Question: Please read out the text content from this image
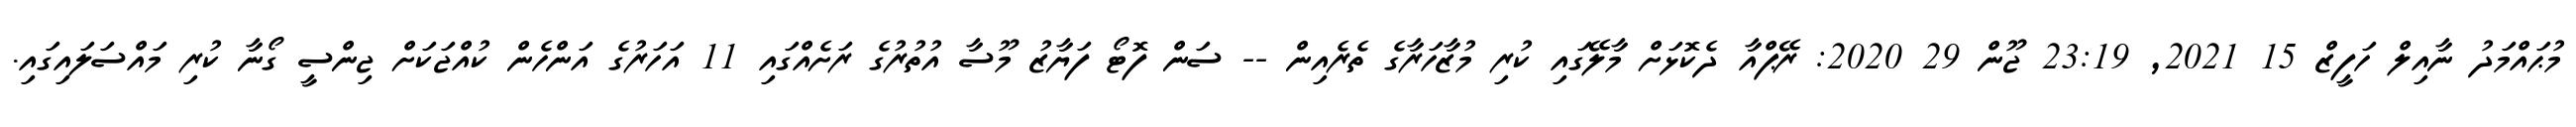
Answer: މުޙައްމަދު ނާއިލް ހަފީޒް 15 2021, 23:19 ޖޫން 29 2020: ރޭޕްއާ ދެކޮޅަށް މާލޭގައި ކުރި މުޒާހަރާގެ ތެރެއިން -- ސަން ފޮޓޯ ފަޔާޒު މޫސާ އުތުރުގެ ރަށެއްގައި 11 އަހަރުގެ އަންހެން ކުއްޖަކަށް ޖިންސީ ގޯނާ ކުރި މައްސަލައިގައި.